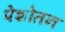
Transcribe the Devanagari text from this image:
पेशोतन